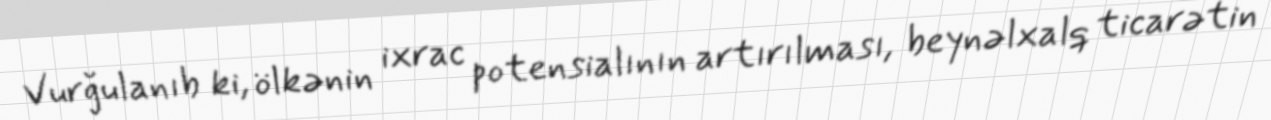
Vurğulanıb ki, ölkənin ixrac potensialının artırılması, beynəlxalq ticarətin